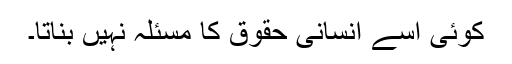
کوئی اسے انسانی حقوق کا مسئلہ نہیں بناتا۔